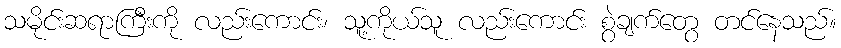
သမိုင်းဆရာကြီးကို လည်းကောင်း၊ သူ့ကိုယ်သူ လည်းကောင်း စွဲချက်တွေ တင်နေသည်။